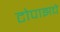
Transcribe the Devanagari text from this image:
टोपाझचे